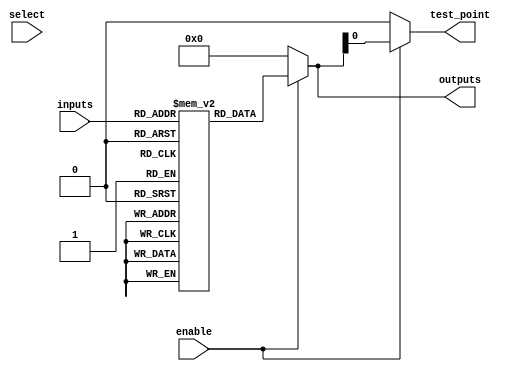
module combinational_logic_block #(
    parameter N = 4, // Number of input lines
    parameter M = 4  // Number of output lines
)(
    input  wire [N-1:0]  inputs,  // Input signals
    output wire [M-1:0]  outputs,  // Output signals
    input  wire [N-1:0]  select,   // Select lines for LUT
    input  wire          enable,    // Enable signal for the logic block
    output wire          test_point  // Test point for signal monitoring
);

// Internal signals
wire [M-1:0] lut_out;

// Example LUT implementation for the combinational logic
reg [M-1:0] lut [0:2**N-1]; // LUT for different input combinations

// Initialize the LUT with some logic functions (example)
initial begin
    // Define LUT values based on truth table (for demonstration purposes)
    lut[0]  = 4'b0000; // 0000 -> 0000
    lut[1]  = 4'b0001; // 0001 -> 0001
    lut[2]  = 4'b0010; // 0010 -> 0010
    lut[3]  = 4'b0011; // 0011 -> 0011
    // Add more combinations as needed...
end

// Combinational logic output based on the LUT and select lines
assign lut_out = enable ? lut[inputs] : {M{1'b0}}; // Use LUT output if enabled

// Assign output signals
assign outputs = lut_out;

// Test point assignment
assign test_point = enable ? lut_out[0] : 1'b0; // Monitor first output for testing

endmodule